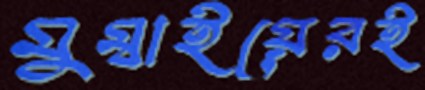
মুম্বাইয়েরই